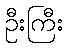
ဦးကြီး